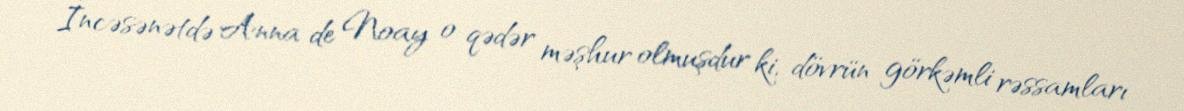
İncəsənətdə Anna de Noay o qədər məşhur olmuşdur ki, dövrün görkəmli rəssamları